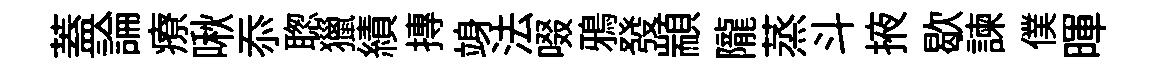
蓋論療啾忝聦獵績摶竧法啜鴉發顓隴蒸斗掖歇諫僕暉